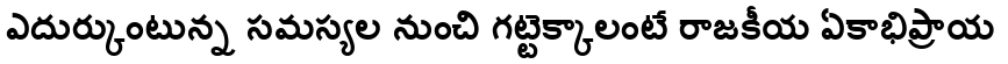
ఎదుర్కుంటున్న సమస్యల నుంచి గట్టెక్కాలంటే రాజకీయ ఏకాభిప్రాయ